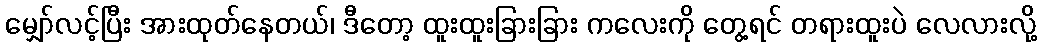
မျှော်လင့်ပြီး အားထုတ်နေတယ်၊ ဒီတော့ ထူးထူးခြားခြား ကလေးကို တွေ့ရင် တရားထူးပဲ လေလားလို့